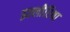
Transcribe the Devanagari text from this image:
इल्लीरिया